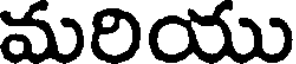
మరియు